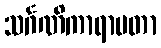
သင်္ဂဏိကာရာမတာ